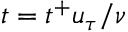
t = t ^ { + } u _ { \tau } / \nu